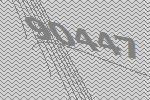
90447